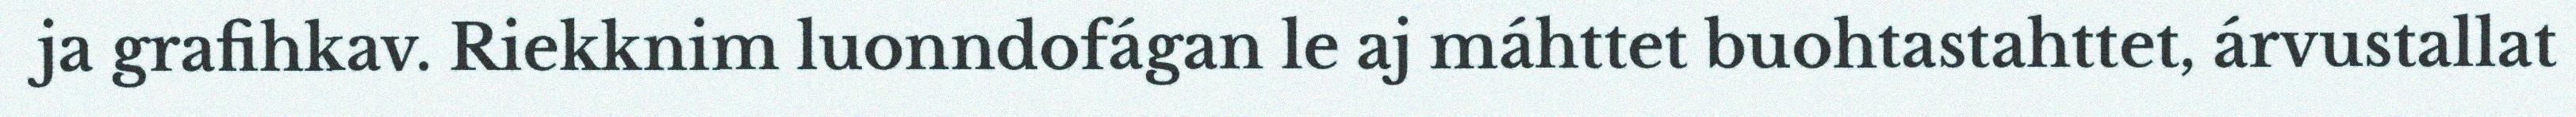
ja grafihkav. Riekknim luonndofágan le aj máhttet buohtastahttet, árvustallat